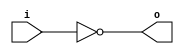
module invert (input wire i, output wire o);
   assign o = !i;
endmodule

module and2 (input wire i0, i1, output wire o);	
  assign o = i0 & i1;
endmodule

module df (input wire clk, in, output wire out);
  reg df_out;
  always@(posedge clk) df_out <= in;
  assign out = df_out;
endmodule

module dfr (input wire in, reset, clk, output wire out);
  wire reset_, df_in;
  invert invert_0 (reset, reset_);
  and2 and2_0 (in, reset_, df_in);
  df df_0 (clk, df_in, out);
endmodule

module pipo(input wire [3:0]data,input wire reset,clk,output wire [3:0]out);

	dfr d0(data[0],reset,clk,out[0]);

	dfr d1(data[1],reset,clk,out[1]);

	dfr d2(data[2],reset,clk,out[2]);

	dfr d3(data[3],reset,clk,out[3]);

endmodule
// module pipo ( data ,reset ,clk ,dout );
// output [3:0] dout ;
// reg [3:0] dout ;
// input [3:0] data ;
// wire [3:0] data ;
// input clk ;
// wire clk ;
// input reset ;
// wire reset ;
// always @ (posedge (clk)) begin
// if (reset)
// dout <= 0;
// else
// dout <= data;
// end
// endmodule

// module pipo(clk, d, q);
// input clk;
// input [3:0]d;
// output reg [3:0]q;
// always @(posedge clk)
// begin
// 	q[3]<=d[3];
// 	q[2]<=d[2];
// 	q[1]<=d[1];
// 	q[0]<=d[0];	
// end
// endmodule